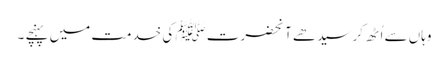
وہاں سے اُٹھ کر سیدھے آنحضرت ﷺ کی خدمت میں پہنچے ۔